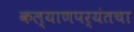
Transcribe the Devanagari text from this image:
कल्याणपर्यंतचा